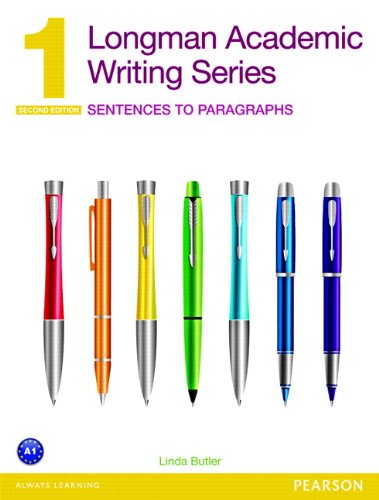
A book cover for Longman Academic Writing Series 1: Sentences to Paragraphs (2nd Edition); Linda Butler; Reference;